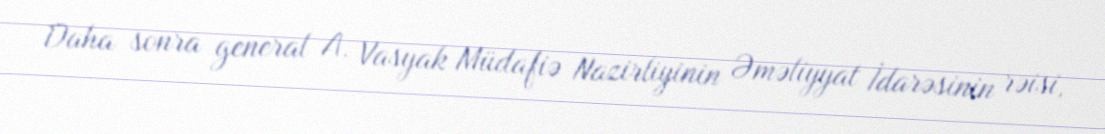
Daha sonra general A. Vasyak Müdafiə Nazirliyinin Əməliyyat İdarəsinin rəisi,